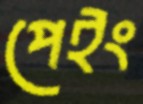
পেইং